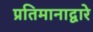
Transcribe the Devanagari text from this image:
प्रतिमानाद्वारे